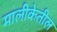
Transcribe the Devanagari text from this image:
मालीकेतील